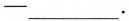
—___·